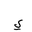
Letter: _ya